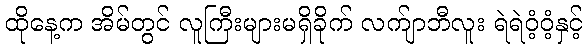
ထိုနေ့က အိမ်တွင် လူကြီးများမရှိခိုက် လက်ျာဘီလူး ရဲရဲဝံ့ဝံ့နှင့်